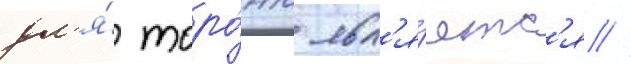
дл'я́ торо́нто явл'я́етс'я //